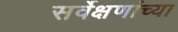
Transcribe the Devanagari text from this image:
सर्वेक्षणांच्या